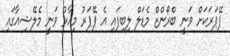
ޕޭޕަރަކަށް ވަނީ ބްރޯންޒް މެޑަލް ލިބިފައި އެ ޕޭޕަރު މިހާރު ވަނީ މެލޭޝިއާގައި